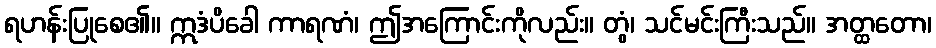
ရဟန်းပြုစေ၏။ ဣဒံပိခေါ ကာရဏံ၊ ဤအကြောင်းကိုလည်း။ တွံ၊ သင်မင်းကြီးသည်။ အတ္ထတော၊